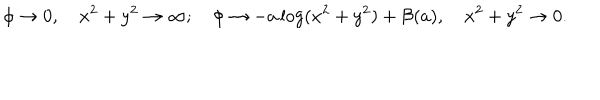
\phi \rightarrow 0 , \quad x ^ { 2 } + y ^ { 2 } \rightarrow \infty ; \quad \phi \rightarrow - a \log ( x ^ { 2 } + y ^ { 2 } ) + { \cal B } ( a ) , \quad x ^ { 2 } + y ^ { 2 } \rightarrow 0 .